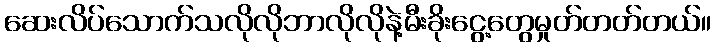
ဆေးလိပ်သောက်သလိုလိုဘာလိုလိုနဲ့မီးခိုးငွေ့တွေမှုတ်တတ်တယ်။